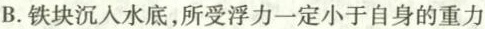
B.铁块沉入水底，所受浮力一定小于自身的重力